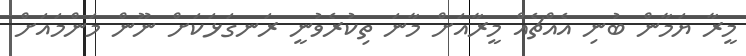
މީރާ ޔަމާން ބުނި އެއްޗެއް މީރާއަށް މާނަ ތިކުރެވުނީ ރަނގަޅަކަށް ނޫން މަންމައަށް